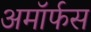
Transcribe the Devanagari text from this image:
अमॉर्फस